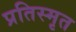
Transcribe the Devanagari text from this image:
प्रतिस्मृत